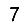
Digit: 7